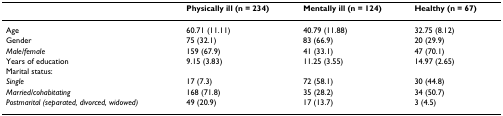
<table><thead><tr><td></td><td><b>Physically ill (n = 234)</b></td><td><b>Mentally ill (n = 124)</b></td><td><b>Healthy (n = 67)</b></td></tr></thead><tbody><tr><td>Age</td><td>60.71 (11.11)</td><td>40.79 (11.88)</td><td>32.75 (8.12)</td></tr><tr><td>Gender</td><td>75 (32.1)</td><td>83 (66.9)</td><td>20 (29.9)</td></tr><tr><td><i>Male/female</i></td><td>159 (67.9)</td><td>41 (33.1)</td><td>47 (70.1)</td></tr><tr><td>Years of education</td><td>9.15 (3.83)</td><td>11.25 (3.55)</td><td>14.97 (2.65)</td></tr><tr><td>Marital status:</td><td></td><td></td><td></td></tr><tr><td><i>Single</i></td><td>17 (7.3)</td><td>72 (58.1)</td><td>30 (44.8)</td></tr><tr><td><i>Married/cohabitating</i></td><td>168 (71.8)</td><td>35 (28.2)</td><td>34 (50.7)</td></tr><tr><td><i>Postmarital (separated, divorced, widowed)</i></td><td>49 (20.9)</td><td>17 (13.7)</td><td>3 (4.5)</td></tr></tbody></table>